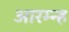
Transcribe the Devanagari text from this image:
आरम्न्ह